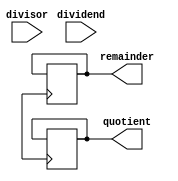
module Non_Restoring_Divider (
    input signed [31:0] dividend,
    input signed [31:0] divisor,
    output reg signed [31:0] quotient,
    output reg signed [31:0] remainder
);

reg signed [31:0] A, S;
reg signed [31:0] minus_D;
reg signed [5:0] counter;
reg signed [1:0] state;

always @(dividend, divisor) begin
    A <= dividend;
    minus_D <= -divisor;
    counter <= 6'b000000;
    state <= 2'b00; // Initialize to state 0
end

always @(posedge clk) begin
    case(state)
        2'b00: begin // Determine sign of the result
            if(A[31] == divisor[31])
                S <= $signed(32'b0);
            else
                S <= $signed(32'b1);
            state <= 2'b01; // Move to state 1
        end
        2'b01: begin // Calculate quotient and remainder
            if(S == $signed(32'b0)) // Perform addition
                A <= A + minus_D;
            else // Perform subtraction
                A <= A - minus_D;

            if(A[31] == S) begin
                A <= A + minus_D;
                quotient <= quotient << 1;
            end
            else begin
                quotient <= (quotient << 1) + 1;
            end

            state <= 2'b10; // Move to state 2
        end
        2'b10: begin // Update counter and move to next state or finished
            counter <= counter + 1;
            if(counter == 6'b111111) begin
                remainder <= A;
                state <= 2'b11; // Move to state 3
            end
            else
                state <= 2'b01; // Repeat state 1 for next iteration
        end
        default: begin
            state <= 2'b00; // Go back to state 0 if not in any other state
        end
    endcase
end

endmodule